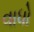
વાધો